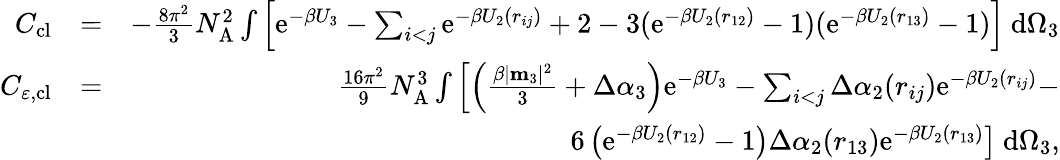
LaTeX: \begin{array}{rlr}{C_{\mathrm{cl}}}&{=}&{-\frac{8\pi^{2}}{3}N_{\mathrm{A}}^{2}\int\left[\mathrm{e}^{-\beta U_{3}}-\sum_{i<j}\mathrm{e}^{-\beta U_{2}(r_{ij})}+2-3(\mathrm{e}^{-\beta U_{2}(r_{12})}-1)(\mathrm{e}^{-\beta U_{2}(r_{13})}-1)\right]~\mathrm{d}\Omega_{3}}\\ {C_{\varepsilon,\mathrm{cl}}}&{=}&{\frac{16\pi^{2}}{9}N_{\mathrm{A}}^{3}\int\left[\left(\frac{\beta|\mathbf{m}_{3}|^{2}}{3}+\Delta\alpha_{3}\right)\mathrm{e}^{-\beta U_{3}}-\sum_{i<j}\Delta\alpha_{2}(r_{ij})\mathrm{e}^{-\beta U_{2}(r_{ij})}-\right.}\\ &{}&{\left.6\left(\mathrm{e}^{-\beta U_{2}(r_{12})}-1\right)\Delta\alpha_{2}(r_{13})\mathrm{e}^{-\beta U_{2}(r_{13})}\right]~\mathrm{d}\Omega_{3},}\end{array}